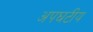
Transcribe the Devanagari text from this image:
अपघटीय